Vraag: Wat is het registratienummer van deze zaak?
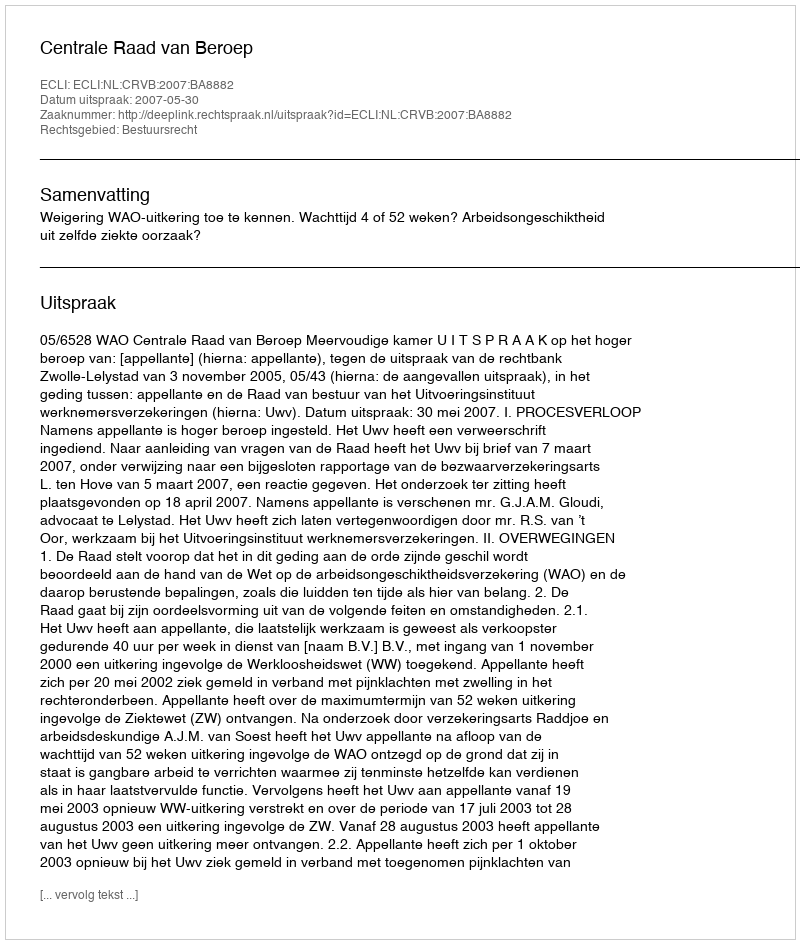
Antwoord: http://deeplink.rechtspraak.nl/uitspraak?id=ECLI:NL:CRVB:2007:BA8882